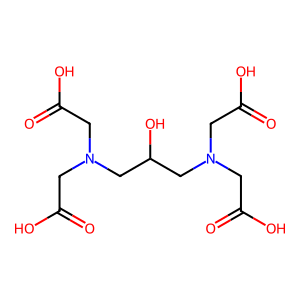
SMILES: O=C(O)CN(CC(=O)O)CC(O)CN(CC(=O)O)CC(=O)O
Inhibits HIV replication: No